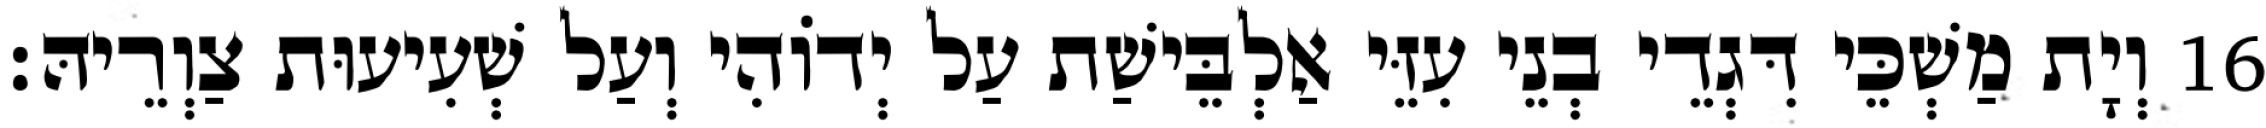
16 וְיָת מַשְׁכֵּי דִּגְדֵי בְנֵי עִזֵּי אַלְבֵּישַׁת עַל יְדוֹהִי וְעַל שְׁעִיעוּת צַוְרֵיהּ׃